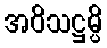
အဝိသဋ္ဌမ္ပိ